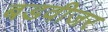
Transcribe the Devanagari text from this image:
बडवीजर